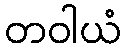
တဝါယံ